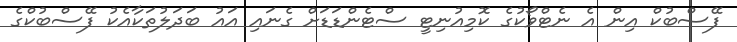
ފޭސްބުކް އިން އެ ނެޓްވޯކުގެ ކޮމިއުނިޓީ ސްޓެންޑަޑަށް ގެނައި އައު ބަދަލުތަކާއެކު ފޭސްބުކްގެ